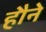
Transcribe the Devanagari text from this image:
हौने